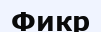
Фикр